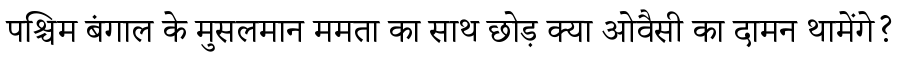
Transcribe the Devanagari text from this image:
पश्चिम बंगाल के मुसलमान ममता का साथ छोड़ क्या ओवैसी का दामन थामेंगे?